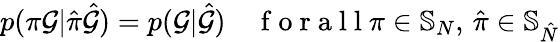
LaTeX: p(\pi\mathcal{G}|\hat{\pi}\hat{\mathcal{G}})=p(\mathcal{G}|\hat{\mathcal{G}})\quad\mathrm{~f~o~r~a~l~l~}\pi\in\mathbb{S}_{N},\, \hat{\pi}\in\mathbb{S}_{\hat{N}}